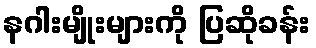
နဂါးမျိုးများကို ပြဆိုခန်း